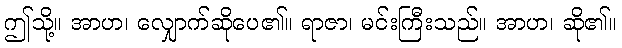
ဤသို့။ အာဟ၊ လျှောက်ဆိုပေ၏။ ရာဇာ၊ မင်းကြီးသည်။ အာဟ၊ ဆို၏။